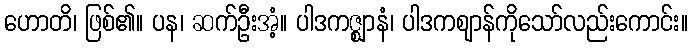
ဟောတိ၊ ဖြစ်၏။ ပန၊ ဆက်ဦးအံ့။ ပါဒကဇ္ဈာနံ၊ ပါဒကဈာန်ကိုသော်လည်းကောင်း။